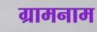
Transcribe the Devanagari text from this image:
ग्रामनाम